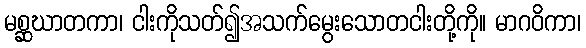
မစ္ဆဃာတကာ၊ ငါးကိုသတ်၍အသက်မွေးသောတငါးတို့ကို။ မာဂဝိကာ၊